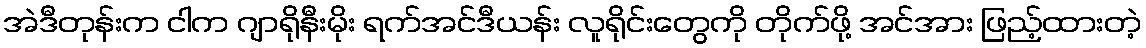
အဲဒီတုန်းက ငါက ဂျာရိုနီးမိုး ရက်အင်ဒီယန်း လူရိုင်းတွေကို တိုက်ဖို့ အင်အား ဖြည့်ထားတဲ့